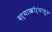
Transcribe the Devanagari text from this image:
दर्‍याखोर्‍यातून